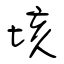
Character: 垓